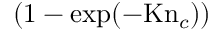
( 1 - \exp ( - \mathrm { K n } _ { c } ) )